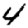
Digit: 4